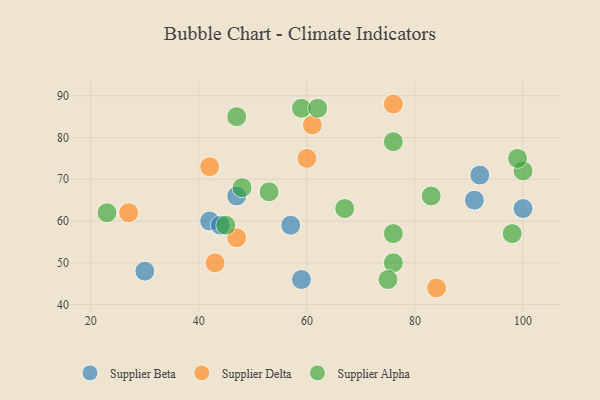
{"axis": {"x": "GDP", "y": "Life Expectancy"}, "legend": ["Supplier Alpha", "Supplier Beta", "Supplier Delta"], "data": [{"x": "59", "y": 46, "type": "Supplier Beta"}, {"x": "91", "y": 65, "type": "Supplier Beta"}, {"x": "42", "y": 60, "type": "Supplier Beta"}, {"x": "30", "y": 48, "type": "Supplier Beta"}, {"x": "100", "y": 63, "type": "Supplier Beta"}, {"x": "47", "y": 66, "type": "Supplier Beta"}, {"x": "44", "y": 59, "type": "Supplier Beta"}, {"x": "92", "y": 71, "type": "Supplier Beta"}, {"x": "57", "y": 59, "type": "Supplier Beta"}, {"x": "76", "y": 88, "type": "Supplier Delta"}, {"x": "60", "y": 75, "type": "Supplier Delta"}, {"x": "27", "y": 62, "type": "Supplier Delta"}, {"x": "84", "y": 44, "type": "Supplier Delta"}, {"x": "47", "y": 56, "type": "Supplier Delta"}, {"x": "42", "y": 73, "type": "Supplier Delta"}, {"x": "43", "y": 50, "type": "Supplier Delta"}, {"x": "61", "y": 83, "type": "Supplier Delta"}, {"x": "59", "y": 87, "type": "Supplier Alpha"}, {"x": "98", "y": 57, "type": "Supplier Alpha"}, {"x": "67", "y": 63, "type": "Supplier Alpha"}, {"x": "100", "y": 72, "type": "Supplier Alpha"}, {"x": "76", "y": 79, "type": "Supplier Alpha"}, {"x": "76", "y": 57, "type": "Supplier Alpha"}, {"x": "53", "y": 67, "type": "Supplier Alpha"}, {"x": "83", "y": 66, "type": "Supplier Alpha"}, {"x": "47", "y": 85, "type": "Supplier Alpha"}, {"x": "45", "y": 59, "type": "Supplier Alpha"}, {"x": "23", "y": 62, "type": "Supplier Alpha"}, {"x": "99", "y": 75, "type": "Supplier Alpha"}, {"x": "76", "y": 50, "type": "Supplier Alpha"}, {"x": "75", "y": 46, "type": "Supplier Alpha"}, {"x": "62", "y": 87, "type": "Supplier Alpha"}, {"x": "48", "y": 68, "type": "Supplier Alpha"}]}